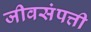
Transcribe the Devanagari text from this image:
जीवसंपत्ती